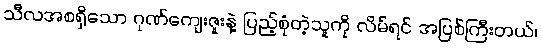
သီလအစရှိသော ဂုဏ်ကျေးဇူးနဲ့ ပြည့်စုံတဲ့သူကို လိမ်ရင် အပြစ်ကြီးတယ်၊